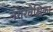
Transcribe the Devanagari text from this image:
नगरवेक्षिका